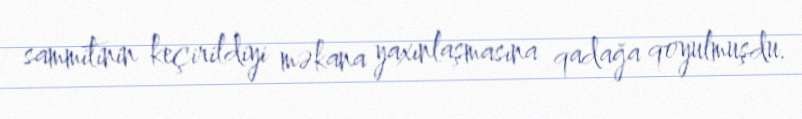
sammitinin keçirildiyi məkana yaxınlaşmasına qadağa qoyulmuşdu.